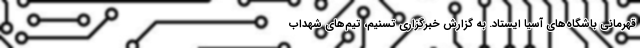
قهرمانی باشگاه‌های آسیا ایستاد. به گزارش خبرگزاری تسنیم، تیم‌های شهداب